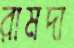
রামদা